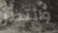
وانتظر